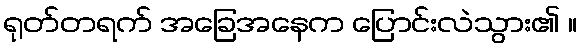
ရုတ်တရက် အခြေအနေက ပြောင်းလဲသွား၏ ။